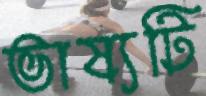
ভাষ্যটি